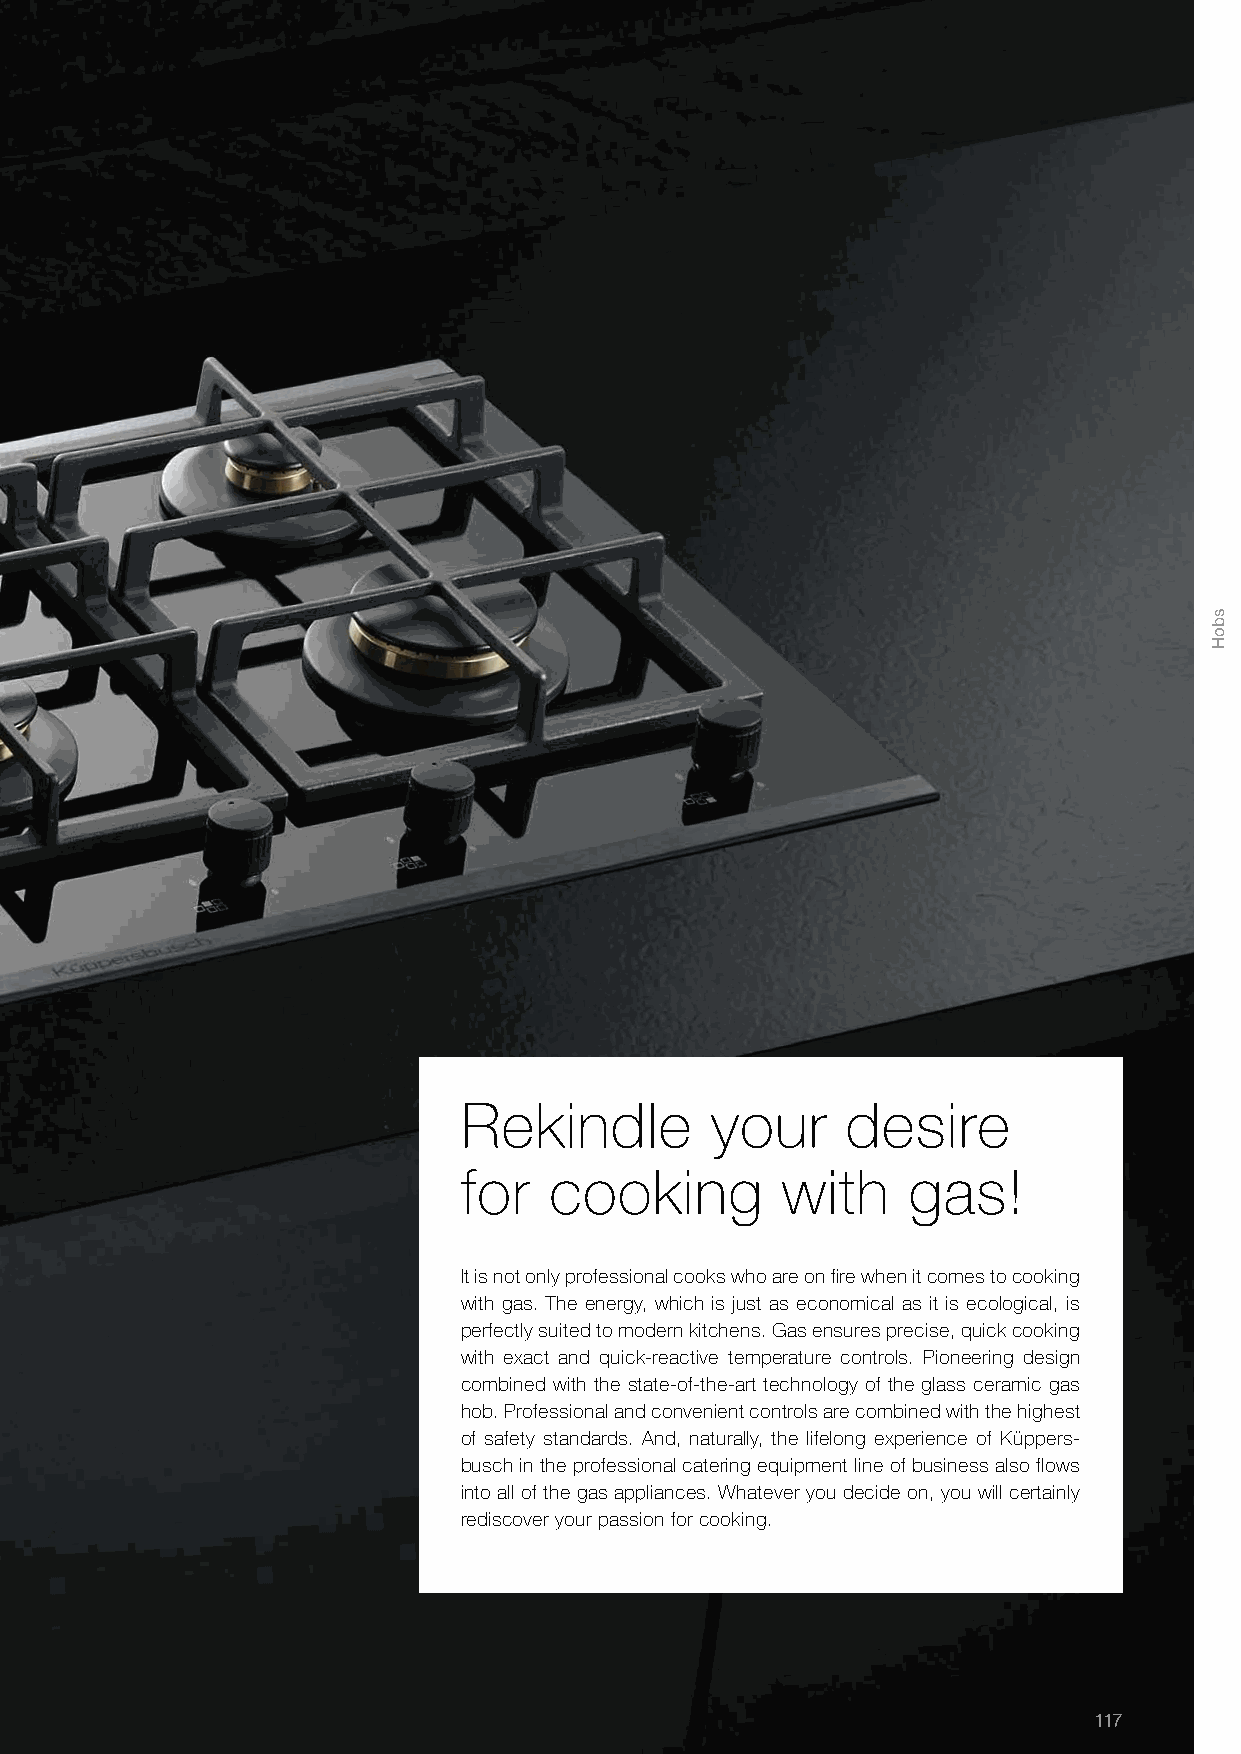
Rekindle         your     desire
 for   cooking         with    gas!
 It is not only professional cooks who are on fire when it comes to cooking
 with gas. The energy, which is just as economical as it is ecological, is
 perfectly suited to modern kitchens. Gas ensures precise, quick cooking
 with exact and quick-reactive temperature controls. Pioneering design
 combined with the state-of-the-art technology of the glass ceramic gas
 hob. Professional and convenient controls are combined with the highest
 of safety standards. And, naturally, the lifelong experience of Küppers-
 busch in the professional catering equipment line of business also flows
 into all of the gas appliances. Whatever you decide on, you will certainly
 rediscover your passion for cooking.
 117
 sboH